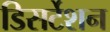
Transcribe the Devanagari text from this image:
डिसर्टेशन